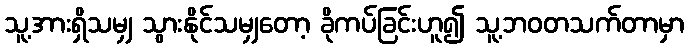
သူ့အားရှိသမျှ သွားနိုင်သမျှတော့ ခိုကပ်ခြင်းဟူ၍ သူ့ဘဝတသက်တာမှာ